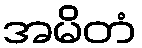
အမိတံ